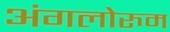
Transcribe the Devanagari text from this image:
अंगलोरुम